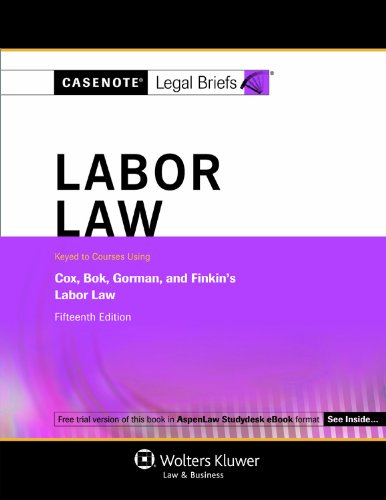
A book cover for Casenotes Legal Briefs: Labor Law Keyed to Cox, Bok, Gorman & Finkin, 15th Edition (Casenote Legal Briefs); Casenotes Legal Briefs; Law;